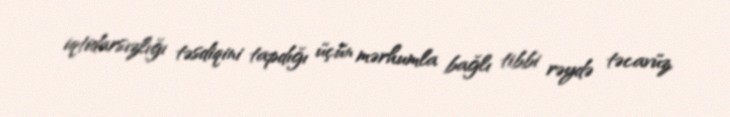
iqtidarsızlığı təsdiqini tapdığı üçün mərhumla bağlı tibbi rəydə təcavüz,